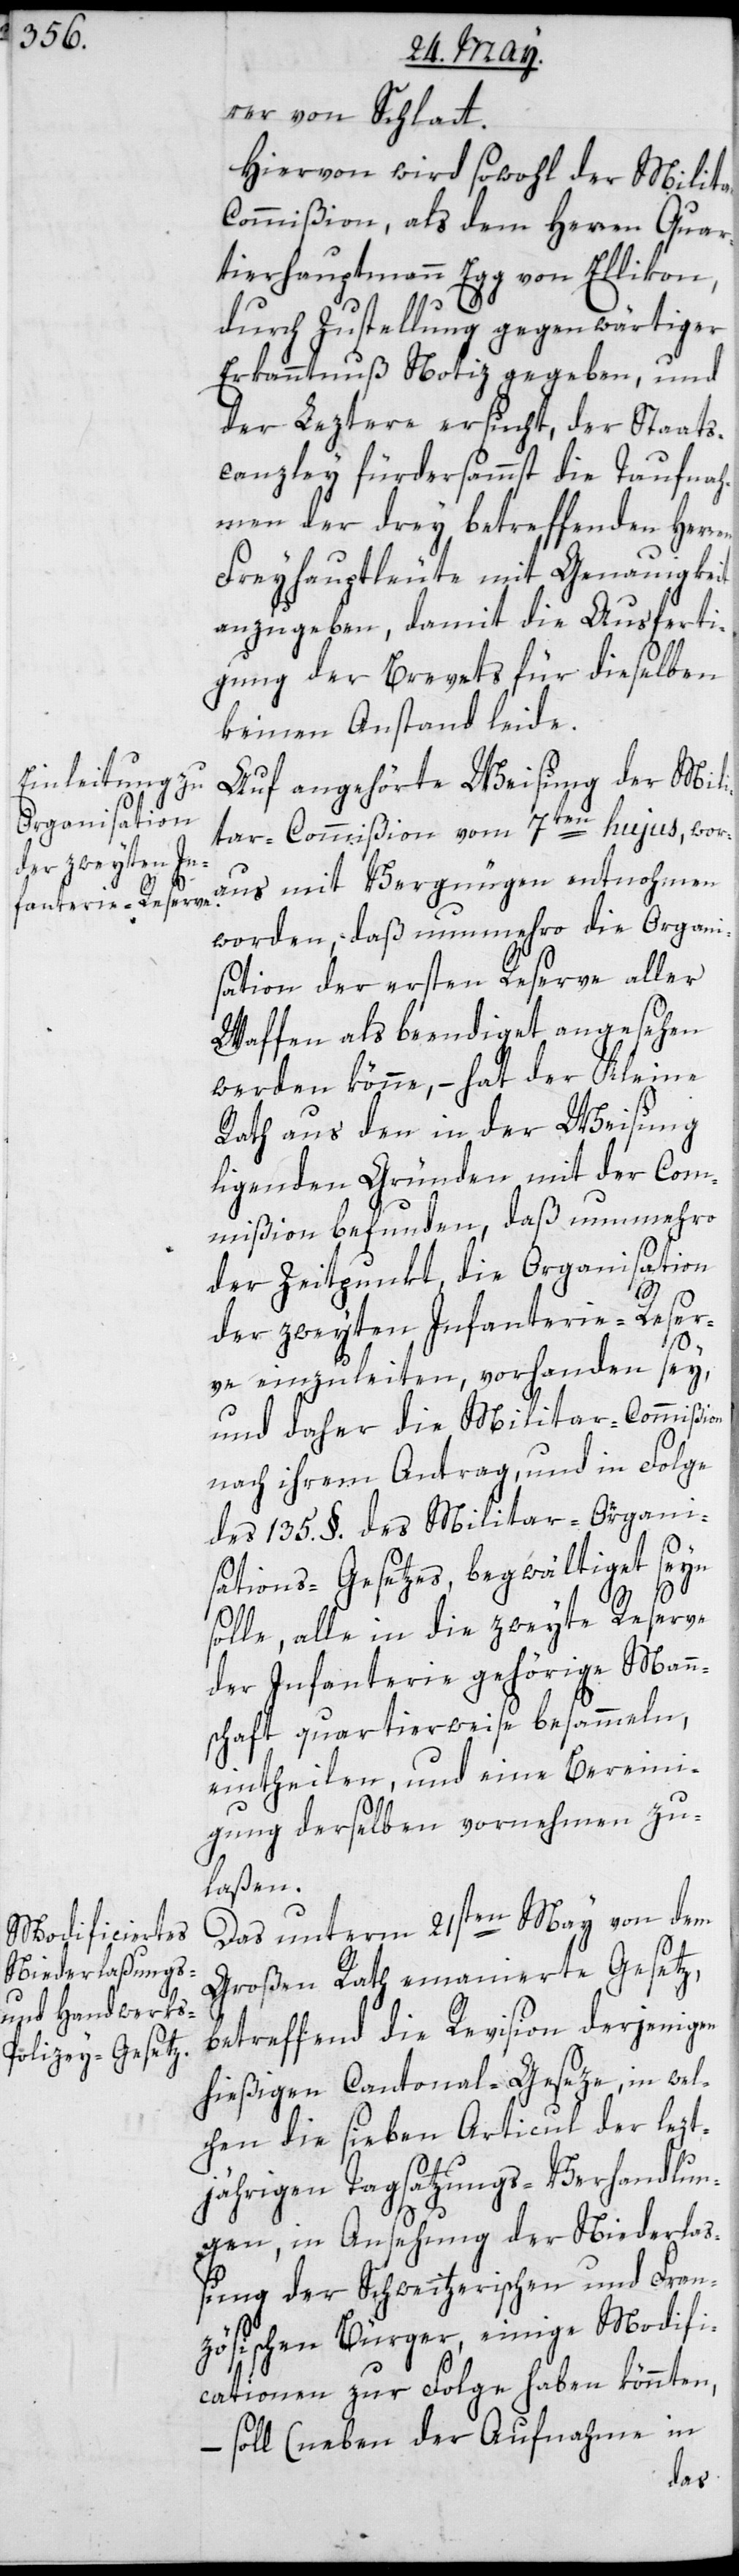
rer von Schlatt.
Hiervon wird sowohl der Milita¬
r-Commißion als dem Herren Quar¬
tierhauptmann Egg von Ellikon,
durch Zustellung gegenwärtiger
Erkanntnuß Notiz gegeben, und
der Leztere ersucht, der Staabs¬
canzley fürdersammst die Taufnah¬
men der drey betreffenden Herren
Freyhauptleute mit Genauigkeit
anzugeben, damit die Ausferti¬
gung der Brevets für dieselben
keinen Anstand leide.
Auf angehörte Weisung der Mili¬
tar-Commißion vom 7ten hujus, wor¬
aus mit Vergnügen entnohmen
worden, daß nunmehro die Organi¬
sation der ersten Reserve aller
Waffen als beendiget angesehen
werden könne, – hat der Kleine
Rath aus den in der Weisung
liegenden Gründen mit der Com¬
mißion befunden, daß nunmehro
der Zeitpunkt die Organisation
der zweyten Infanterie-Reser¬
ve einzuleiten, vorhanden sey,
und daher die Militar-Commißion
nach ihrem Antrag und in Folge
des 135. §. des Militar-Organi¬
sations-Gesetzes, begwältiget seyn
solle, alle in die zweyte Reserve
der Infanterie gehörige Mann¬
schaft, quartierweise besammeln,
eintheilen und eine Bereini¬
gung derselben vornehmen zu
laßen.
Das unterm 21sten May von dem
Großen Rath emanierte Gesetz,
betreffend die Revision derjenigen
hießigen Cantonal-Geseze, in wel¬
chen die sieben Articul der lezt¬
jährigen Tagsatzungs-Verhandlun¬
gen, in Ansehung der Niederlaß¬
ung der Schweitzerischen und Fran¬
zösischen Bürger, einige Modifi¬
cationen zur Folge haben könnten,
– soll (neben der Aufnahme in